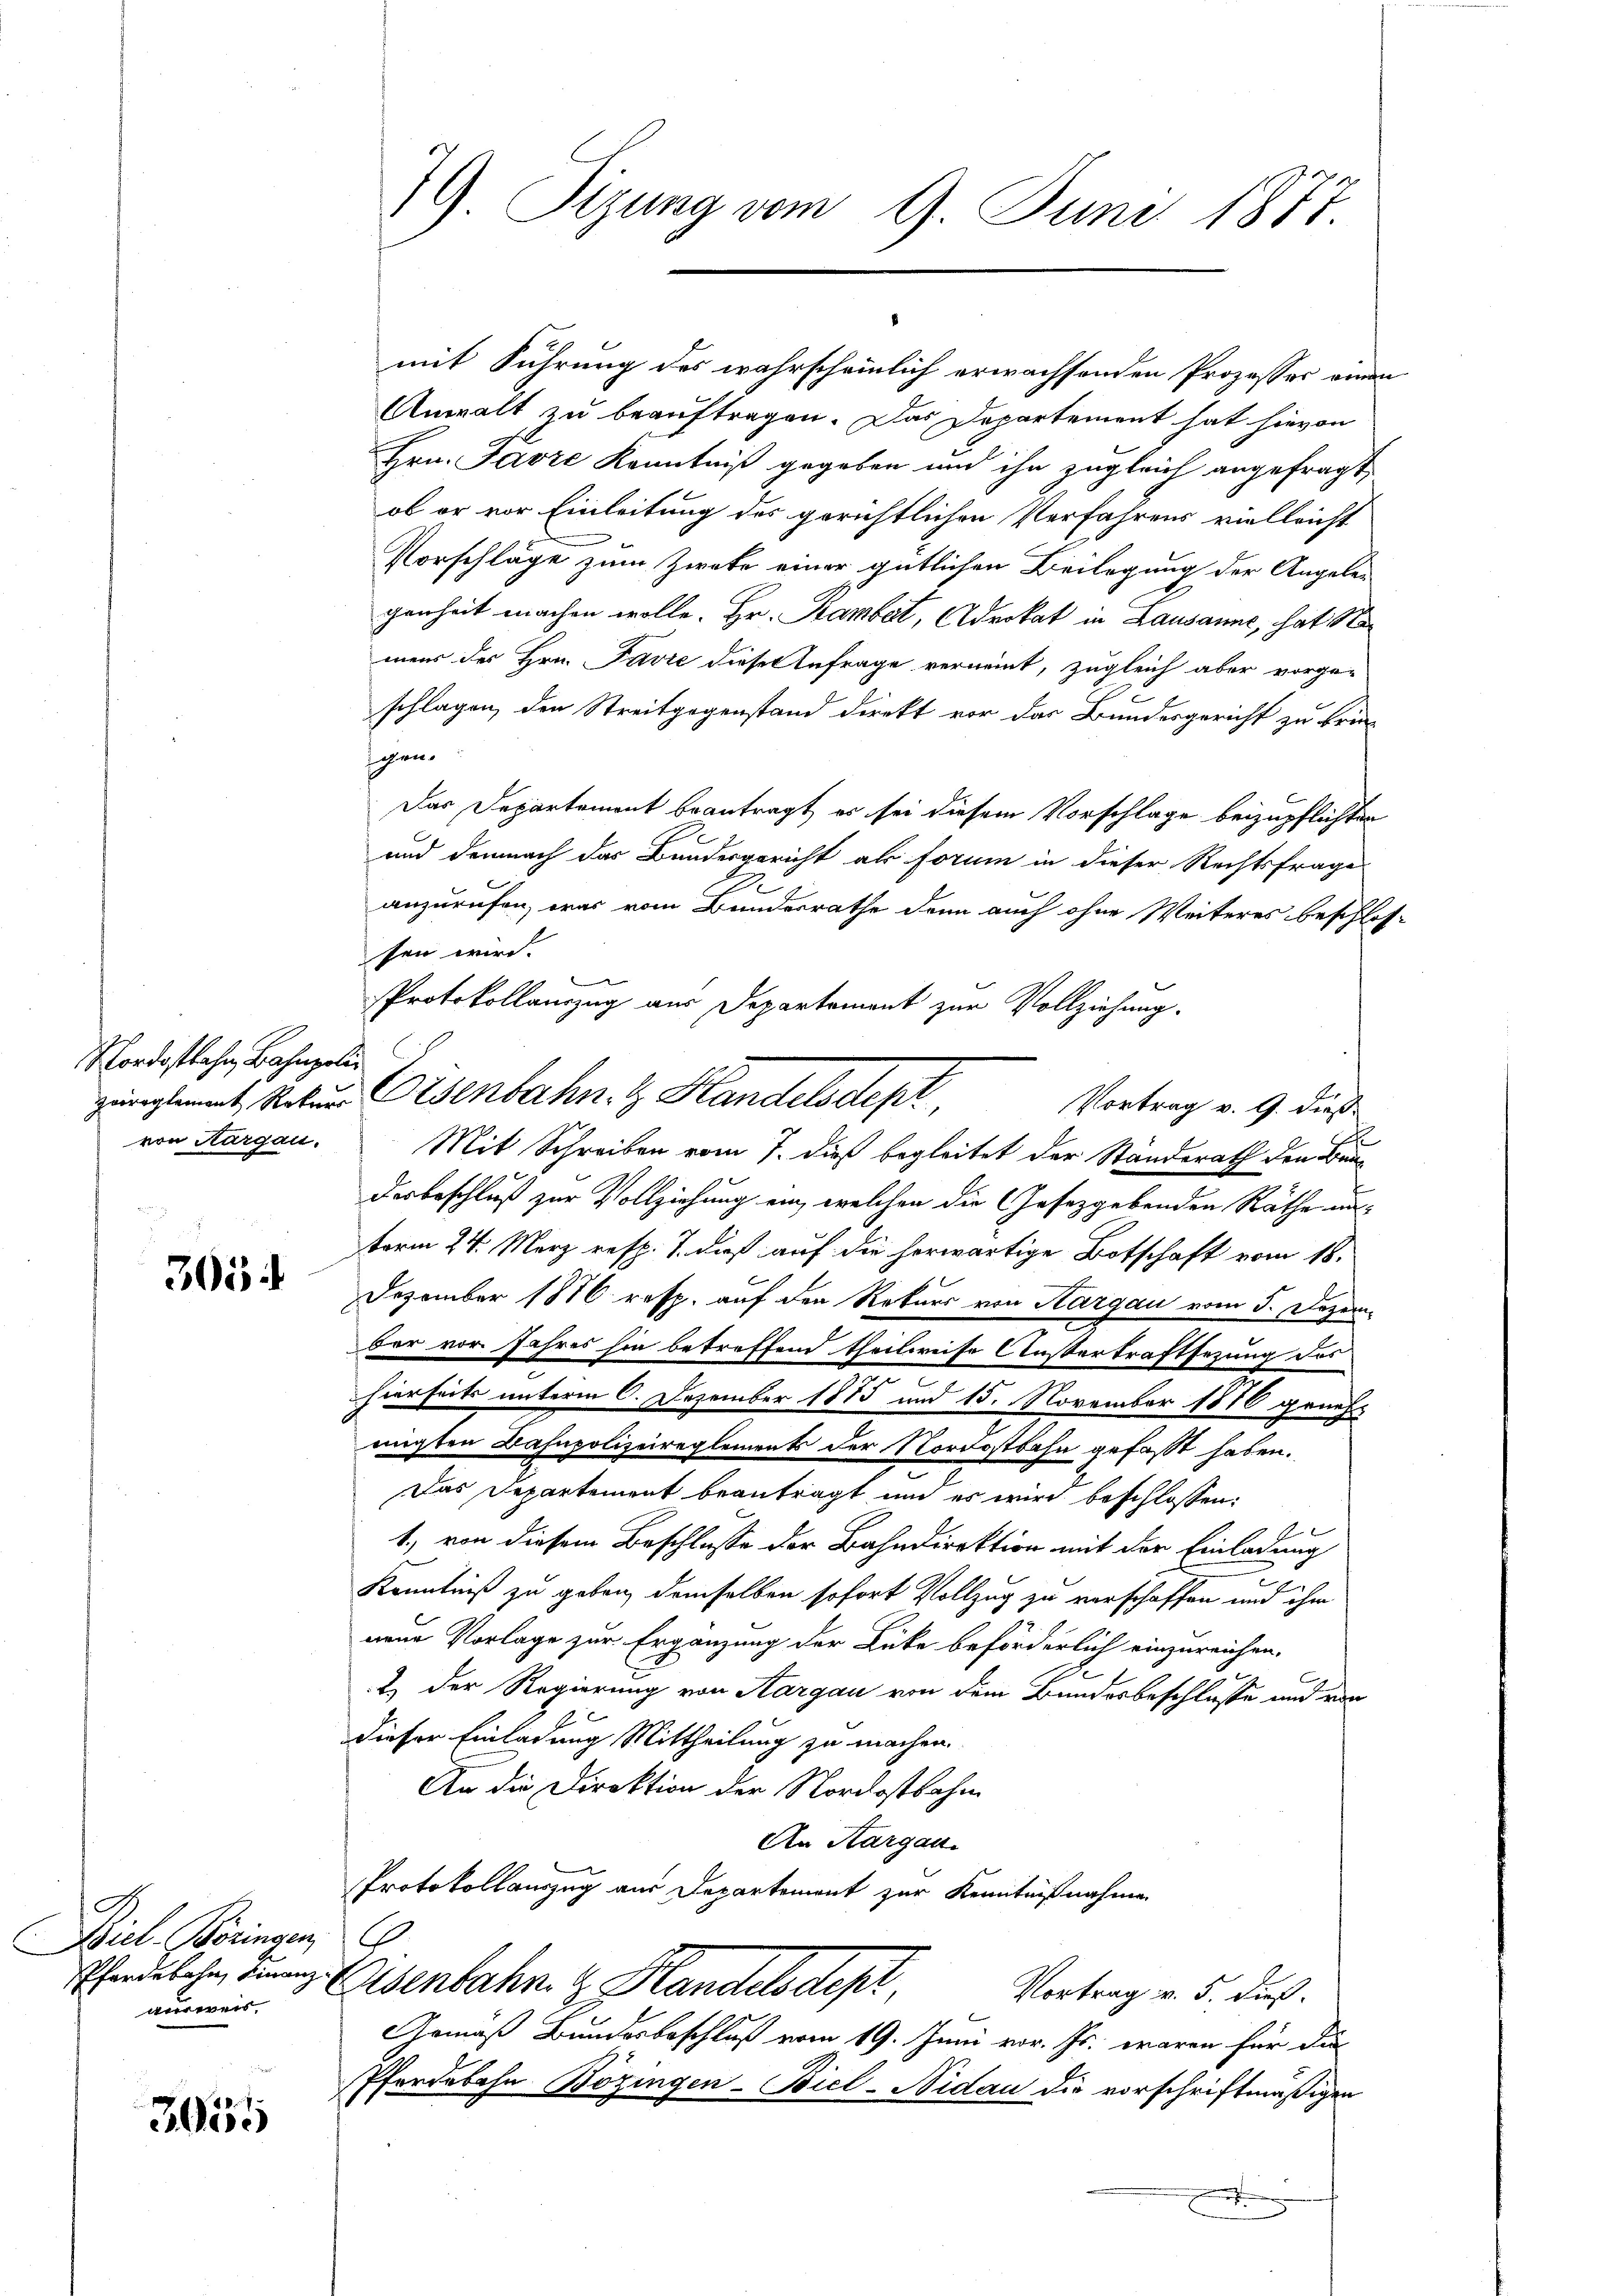
Nordostbahn, Bahnpoli

305:

Biel Koringen,
wirerei

3055

mit Führung des wahrscheinlich erwachsenden Prozesser einen
Anwalt zu beauftragen. Das Departement hat hievon
Hrn. Javre Kenntniß gegeben und ihn zugleich angefragt,
ob er vor Einleitung des gerichtlichen Verfahrens vielleicht
Vorschläge zum Zwete einer gütlichen Beilegung der Angele-
genheit machen wolle. Hr. Rambet, Advokat in Lausanne, hat Namens des Hrn. Pavić dieser Anfrage verneint, zugleich aber vorge-
schlagen, den Streitgegenstand direkt vor das Bundesgericht zu brin-
gen.
Das Departement beantragt, es sei diesem Vorschlage beizupflichten
und demnach der Bundesgericht als forum in dieser Rechtsfrage
2
anzurufen, was vom Bundesrathe denn auch ohne Weiteres beschlos-
sen wird.
Protokollanzug aus Departement zur Vollziehung.
zigtamt, Rekurs Eisenbahn & Handelsdep
Vortrag v. 9. dieß
von Aargau. Mit Schreiben vom 7. dieß begleitet der Standerath den Bau-
desbeschluß zur Vollziehung ein, welchen die Chasezgebenden Räthe un-
term 24. März resp. 7. dieß auf die horwärtige Botschaft vom 16.
Dezember 1876 resp. auf den Rekurs von Aargau vom 5. Dezem
ber vor Jahres hin betreffend theilweise Ansterkraftsezung des
hierseits unterm 6. Dezember 1885 und 15. November 1876 genehnigten Bahnpolizeireglements der Nordostbahn gefaßt haben.
Das Departement beantragt und es wird beschlossen:
1., von diesem Beschlusse der Bahndirektion mit der Einladung
Kenntniß zu geben, demselben sofort Vollzug zu verschaffen und ihm
neue Vorlage zur Ergänzung der Lücke beförderlich einzureichen.
.
2) Der Regierung von Aargau von dem Bundesbeschlusse und von
dieser Einladung Mittheilung zu machen.
An die Direktion der Nordostbahn
An Kargau.
Protokollauszug aus Departement zur Kenntnißnahme
C
handelche, ding. Eisenbahn- & Plandelsdept
Vortrag v. 5. dieß.
Gemäß Bundesbeschluß vom 19. Juni vor. Js. waren für die
Pferdebahn Bözingen-Biel-Nidau die vorschriftmäßigen

e

79. Sizung vom 9. Juni 1877.